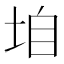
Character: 垍